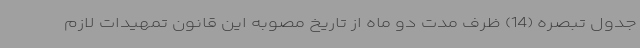
جدول تبصره (14) ظرف مدت دو ماه از تاریخ مصوبه این قانون تمهیدات لازم